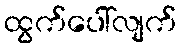
ထွက်ပေါ်လျက်